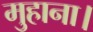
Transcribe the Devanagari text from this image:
मुहाना।